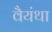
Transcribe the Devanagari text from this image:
वैयंथा